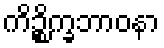
ကိဉ္စိက္ခဘာဝနာ